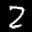
Label: 2